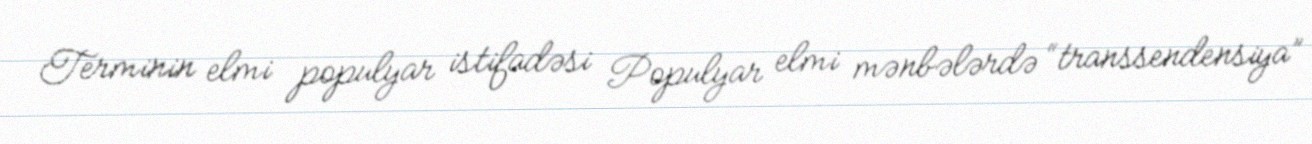
Terminin elmi populyar istifadəsi Populyar elmi mənbələrdə “transsendensiya”